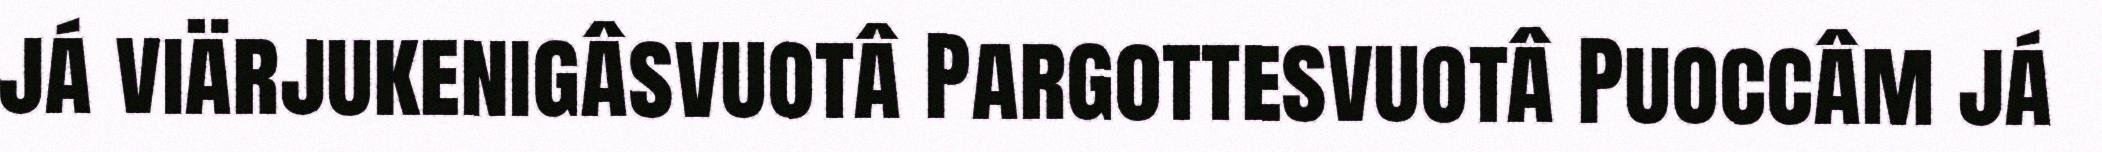
já viärjukenigâsvuotâ Pargottesvuotâ Puoccâm já